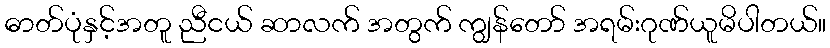
ဓာတ်ပုံနှင့်အတူ ညီငယ် ဆာလက် အတွက် ကျွန်တော် အရမ်းဂုဏ်ယူမိပါတယ်။